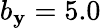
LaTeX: b_{\mathbf{y}}=5.0